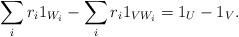
LaTeX: \begin{align*}\sum_i r_i1_{W_i}-\sum_i r_i1_{VW_i}=1_U-1_V.\end{align*}